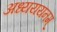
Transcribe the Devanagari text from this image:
अध्यययनम्